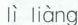
lì liàng